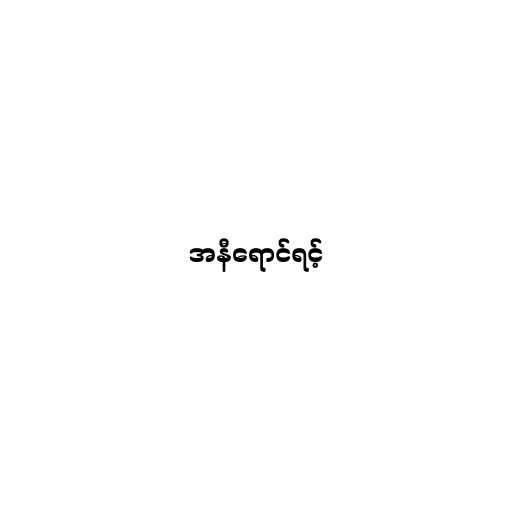
အနီရောင်ရင့်